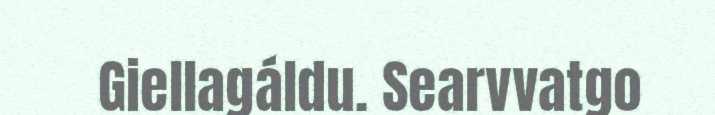
Giellagáldu. Searvvatgo